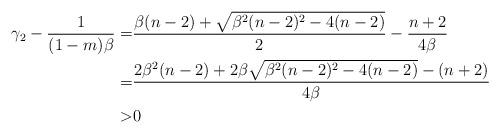
LaTeX: \begin{align*}\gamma_2-\frac{1}{(1-m)\beta}=&\frac{\beta(n-2)+\sqrt{\beta^2(n-2)^2-4(n-2)}}{2}-\frac{n+2}{4\beta}\\=&\frac{2\beta^2(n-2)+2\beta\sqrt{\beta^2(n-2)^2-4(n-2)}-(n+2)}{4\beta}\\>&0\end{align*}